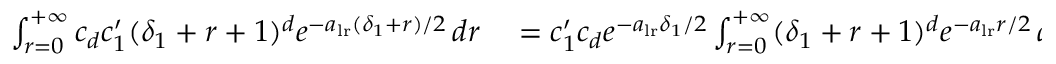
\begin{array} { r l } { \int _ { r = 0 } ^ { + \infty } c _ { d } c _ { 1 } ^ { \prime } ( \delta _ { 1 } + r + 1 ) ^ { d } e ^ { - a _ { \mathrm { l r } } ( \delta _ { 1 } + r ) / 2 } \, d r } & { { } = c _ { 1 } ^ { \prime } c _ { d } e ^ { - a _ { \mathrm { l r } } \delta _ { 1 } / 2 } \int _ { r = 0 } ^ { + \infty } ( \delta _ { 1 } + r + 1 ) ^ { d } e ^ { - a _ { \mathrm { l r } } r / 2 } \, d r } \end{array}